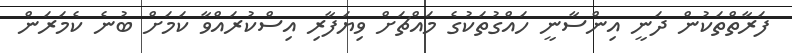
ފަރާތްތަކުން ދަނީ އިންސާނީ ހައްގުތަކުގެ މައްޗަށް ވިޔަފާރި އިސްކުރައްވާ ކަމަށް ބުނެ ކެމަރަން